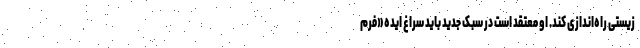
زیستی راه‌اندازی کند. او معتقد است در سبک جدید باید سراغ ایده «فرم